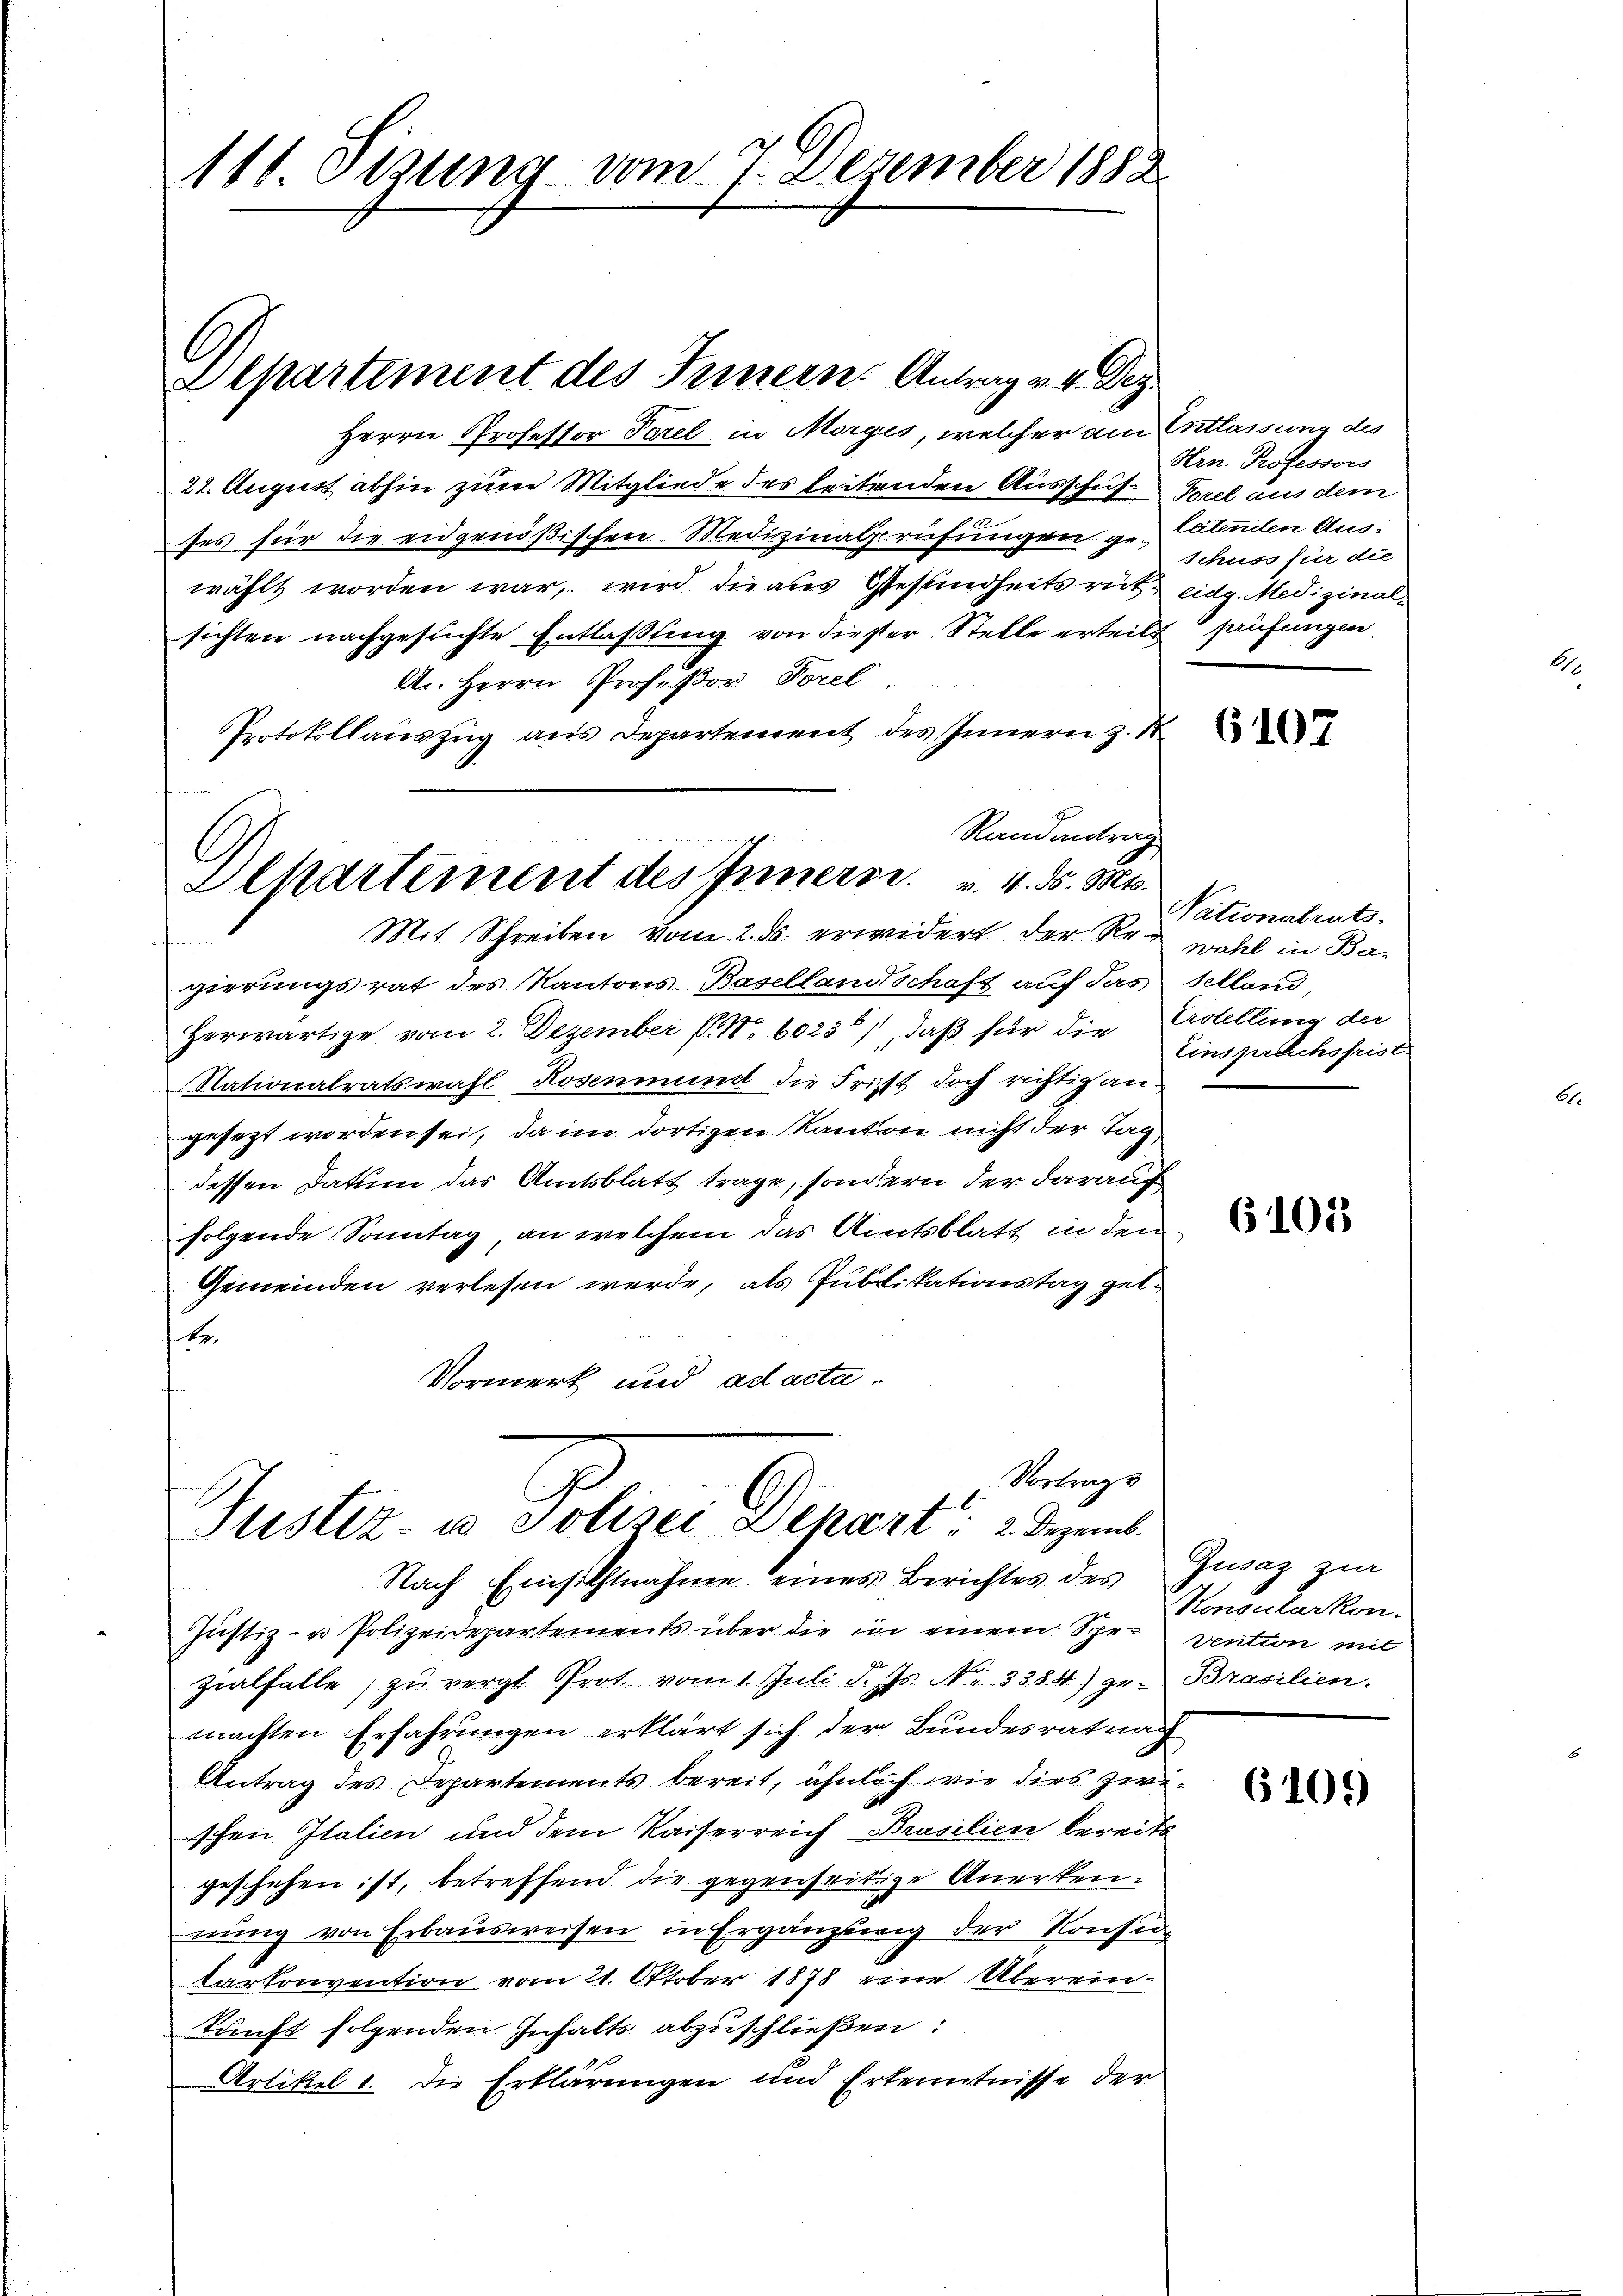
111. Jezung vom 7. Dezember 1888.

Departement des Innern: Antrag v. 4. Dez.
Herrn Professor Torel in Morges, welcher am Entlassung des
22. August abhin zum Mitgliede des leitenden Ausschuf Porel aus dem
ses für die eidgenößischen Medizinalprüfungen ge- Catenden Auswählt worden war, wird die aus Gesundheitsrüt eidg. Medizinalsichten nachgesuchte Entlaßung von dieser Stelle erteilt prüfungen.
A. Herrn Profeßor Porel
Protokollauszug aus Departement des Innern z. N
Randantrag
Mit Schreiben vom 2. ds. erwidert der Reg wohl in Bagierungsrat des Kantons Basellandschaft auf das Selland,
Herwärtige vom 2. Dezember (S. 6023, daß für die Erstellung der
Nationalratswahl Rosenmund die Frist doch richtig angesezt worden sei, da im dortigen Kanton nicht der Tagdessen Datum das Amtsblatt trage, sondern der darauf
folgende Sonntag, an welchem das Amtsblatt, in den
Gemeinden verlesen werde, als Publikationstag gel¬
Kg.
Vormerk und ad acta
Vortrage
Justiz- u. Polizei Depart: 2. Dezemb.
Nach Einsichtnahme eines Berichtes des Zusaz zur
Justiz- u Polizeidepartements über die in einem Spe- vention mit
Zialfalle, zu vergl. Prot vom 1. Juli d. Js. Nr. 3384) zu Brasilien.
machten Erfahrungen erklärt sich der Bundesrat nach
Antrag des Departements bereit, ähnlich wie dies zwischen Italien und dem Kaiserreich Brasilien bereits
geschehen ist, betreffend die gegenseitige Anerkennung von Erbausweisen in Ergänzung der Konsen
Carkonvention vom 21. Oktober 1878 eine Übereinkunft folgenden Inhalts abzuschließen:
Artikel 1. Die Erklärungen und Erkenntnisse der

E
Alpartement des Inners. v. 4. ds. Mts.

Hrn. Professors
Schuss für die

Nationalrats.
Einsprechsfrist

Monsularkon.

6109